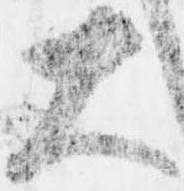
大